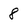
Character: 8